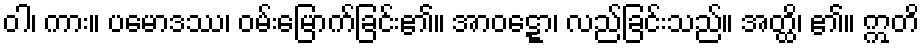
ဝါ၊ ကား။ ပမောဒဿ၊ ဝမ်းမြောက်ခြင်း၏။ အာဝဋ္ဋော၊ လည်ခြင်းသည်။ အတ္ထိ၊ ၏။ ဣတိ